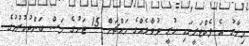
މިހާރު އެ ފެކްޓަރީގައި ހުރީ ދުވާލެއްގެ މައްޗަށް 15 ޓަނުގެ މަސް ބަންދުކުރުމުގެ